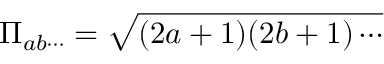
\Pi _ { a b \cdots } = \sqrt { ( 2 a + 1 ) ( 2 b + 1 ) \cdots }